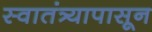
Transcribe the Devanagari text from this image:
स्वातंत्र्यापासून